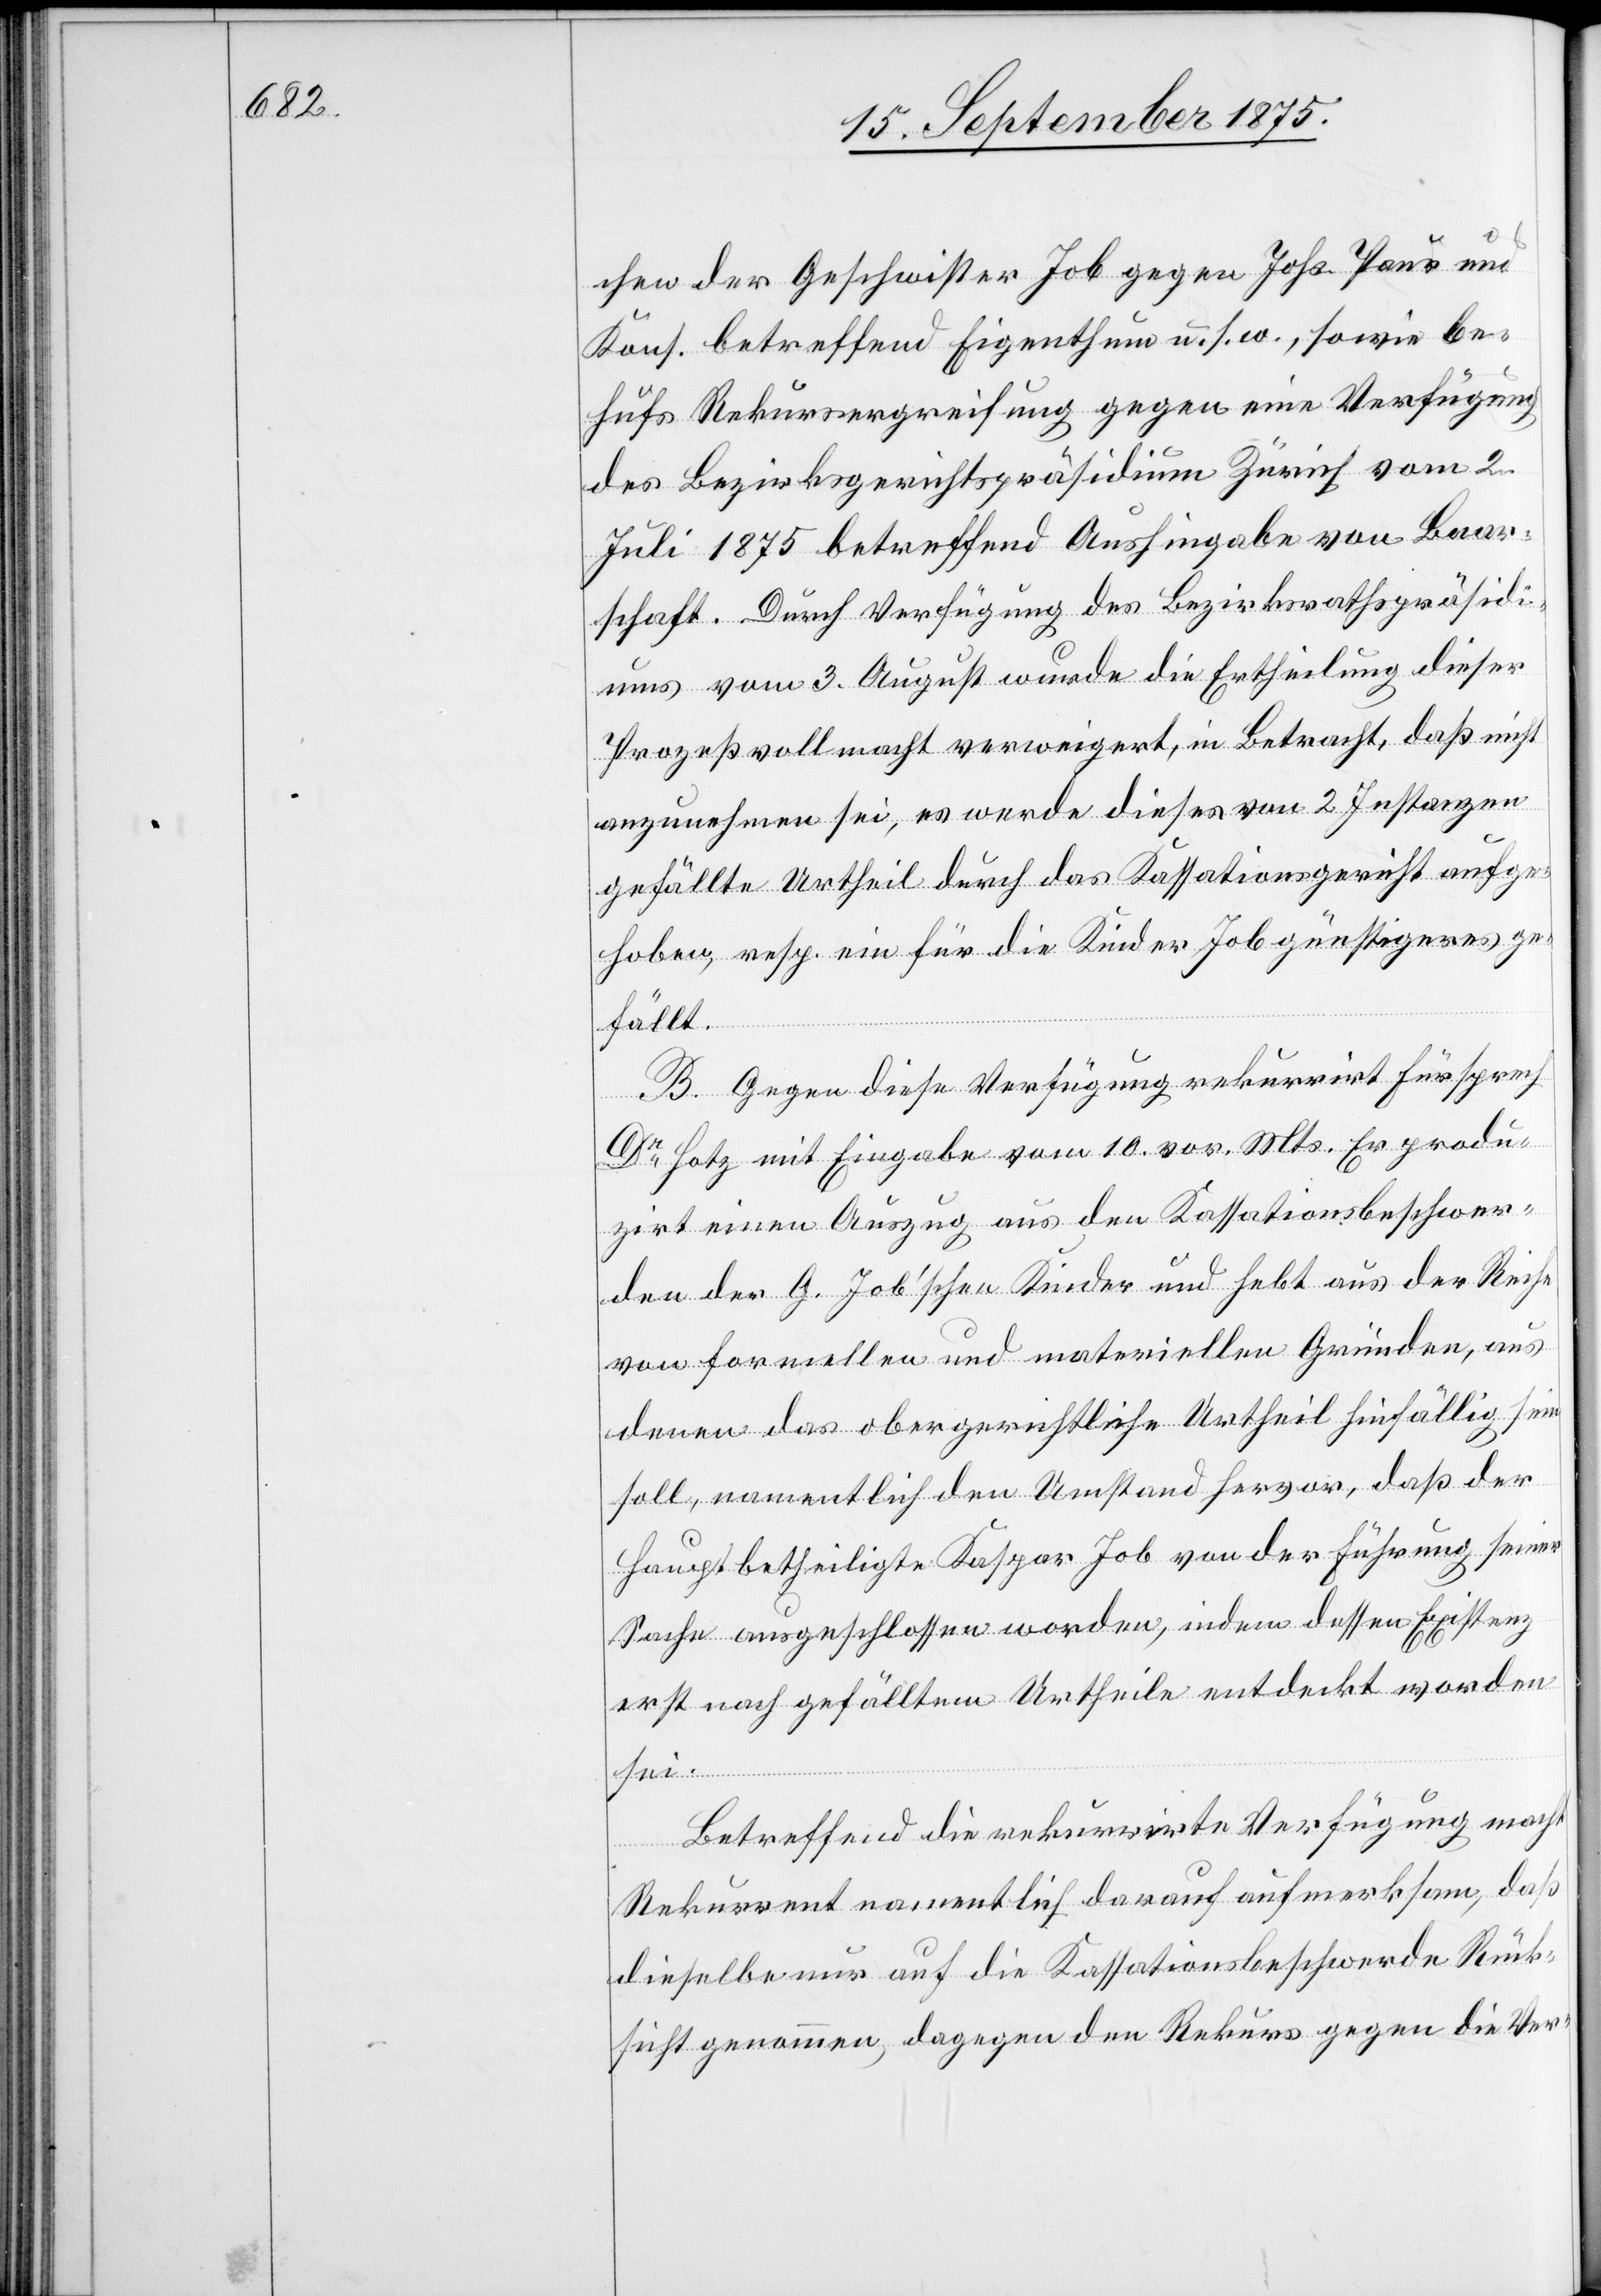
chen der Geschwister Job gegen Johs. Paur und
Kons. betreffend Eigenthum u. s. w., sowie be¬
hufs Rekursergreifung gegen eine Verfügung
des Bezirksgerichtspräsidium Zürich vom 2.
Juli 1875 betreffend Aushingabe von Baar¬
schaft. Durch Verfügung des Bezirksrathspräsidi¬
ums vom 3. August wurde die Ertheilung dieser
Prozeßvollmacht verweigert, in Betracht, daß nicht
anzunehmen sei, es werde dieses von 2 Instanzen
gefällte Urtheil durch das Kassationsgericht aufge¬
hoben, resp. ein für die Kinder Job günstigeres ge¬
fällt.
B. Gegen diese Verfügung rekurrirt Fürsprech
Dr Hotz mit Eingabe vom 10. vor. Mts. Er produ¬
zirt einen Auszug aus den Kassationsbeschwer¬
den des G. Job’schen Kinder und hebt aus der Reihe
von formellen und materiellen Gründen, aus
denen das obergerichtliche Urtheil hinfällig sein
soll, namentlich den Umstand hervor, daß der
Hauptbetheiligte Kaspar Job von der Führung seiner
Sache ausgeschlossen worden, indem dessen Existenz
erst nach gefälltem Urtheile entdeckt worden
sei.
Betreffend die rekurrirte Verfügung macht
Rekurrent namentlich darauf aufmerksam, daß
dieselbe nur auf die Kassationsbeschwerde Rück¬
sicht genommen, dagegen den Rekurs gegen die Ver-